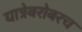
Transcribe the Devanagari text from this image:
यात्रेबरोबरच